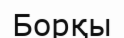
Борқы